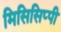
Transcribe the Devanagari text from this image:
मिसिसिप्‍पी